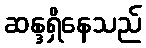
ဆန္ဒရှိနေသည်